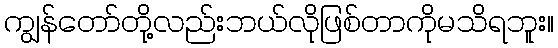
ကျွန်တော်တို့လည်းဘယ်လိုဖြစ်တာကိုမသိရဘူး။